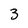
Character: 3